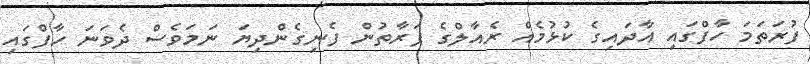
ފުރަތަމަ ހާފްގައި އާދައިގެ ކުޅުމެއް ރެއާލްގެ ފަރާތުން ފެނިގެންދިޔަ ނަމަވެސް ދެވަނަ ހާފްގައި